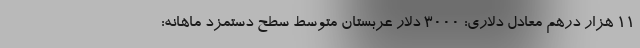
۱۱ هزار درهم معادل دلاری: ۳۰۰۰ دلار عربستان متوسط سطح دستمزد ماهانه: